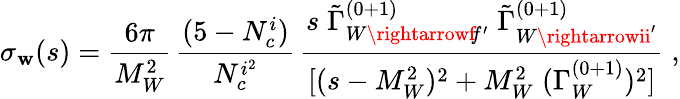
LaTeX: \sigma_{\mathbf{w}}(s)=\frac{{6\pi}}{{M_{W}^{2}}}\, \frac{{(5-N_{c}^{i})}}{{N_{c}^{i^{2}}}}\, \frac{{s\; \tilde{{\Gamma}}_{W\rightarrowf\! f^{\prime}}^{(0+1)}\; \tilde{{\Gamma}}_{W\rightarrowii^{\prime}}^{(0+1)}}}{{[(s-M_{W}^{2})^{2}+M_{W}^{2}\; (\Gamma_{W}^{(0+1)})^{2}]}}\; ,